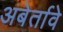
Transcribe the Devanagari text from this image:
अबेर्तावे